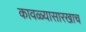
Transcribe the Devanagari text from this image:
कावळ्यासारखाच